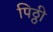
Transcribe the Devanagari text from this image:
पिठ्ठी